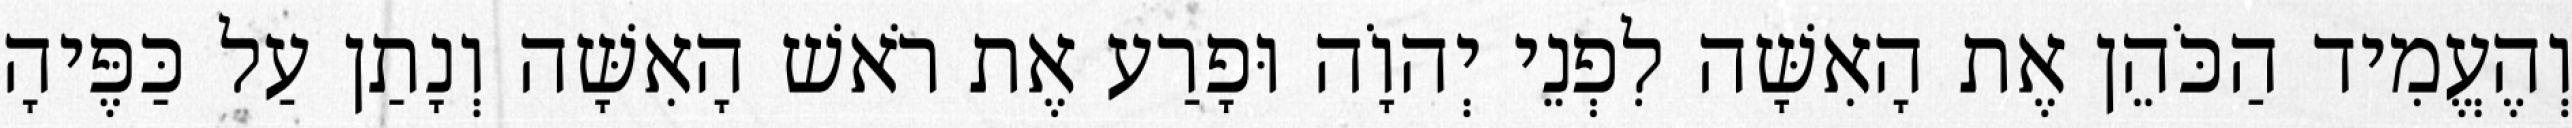
וְהֶעֱמִיד הַכֹּהֵן אֶת הָאִשָּׁה לִפְנֵי יְהוָֹה וּפָרַע אֶת רֹאשׁ הָאִשָּׁה וְנָתַן עַל כַּפֶּיהָ